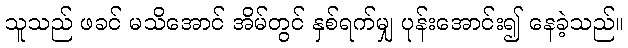
သူသည် ဖခင် မသိအောင် အိမ်တွင် နှစ်ရက်မျှ ပုန်းအောင်း၍ နေခဲ့သည်။